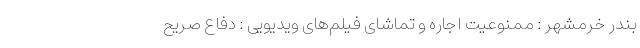
بندر خرمشهر : ممنوعیت اجاره و تماشای فیلم‌های ویدیویی : دفاع صریح